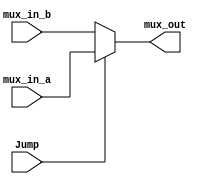
`timescale 1ns / 1ps
//////////////////////////////////////////////////////////////////////////////////
// Company: 
// Engineer: 
// 
// Design Name: 
// Module Name: MUX_4
// Project Name: 
// Target Devices: 
// Tool Versions: 
// Description: 
// 
// Dependencies: 
// 
// Revision:
// Revision 0.01 - File Created
// Additional Comments:
// 
//////////////////////////////////////////////////////////////////////////////////


module MUX_4(Jump, mux_in_a, mux_in_b, mux_out);
    input Jump;
    input [31:0] mux_in_a, mux_in_b;
    output [31:0] mux_out;
    
    assign mux_out = (Jump)? mux_in_a : mux_in_b;
    
endmodule